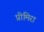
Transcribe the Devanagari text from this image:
प्रीमिरा